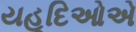
યહૂદિઓએ